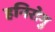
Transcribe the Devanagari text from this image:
हनिरोगु